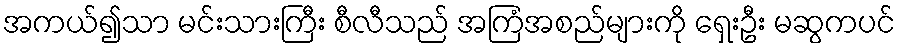
အကယ်၍သာ မင်းသားကြီး စီလီသည် အကြံအစည်များကို ရှေးဦး မဆွကပင်